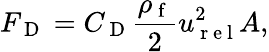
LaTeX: F_{\mathrm{~D~}}=C_{\mathrm{~D~}}\frac{\rho_{\mathrm{~f~}}}{2}u_{\mathrm{~r~e~l~}}^{2}A,